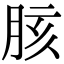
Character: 胲